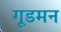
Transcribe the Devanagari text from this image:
गूडमन